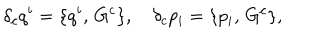
LaTeX: \delta _ { c } q ^ { i } = \{ q ^ { i } , \, G ^ { c } \} , \quad \delta _ { c } p _ { i } = \{ p _ { i } , \, G ^ { c } \} ,